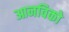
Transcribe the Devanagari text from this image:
आनविको